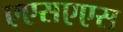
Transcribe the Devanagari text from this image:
एएसएएस